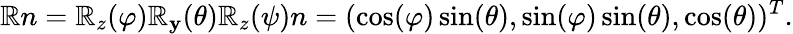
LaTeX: \mathbb{R}n=\mathbb{R}_{z}(\varphi)\mathbb{R}_{\mathbf{y}}(\theta)\mathbb{R}_{z}(\psi)n=(\cos(\varphi)\sin(\theta),\sin(\varphi)\sin(\theta),\cos(\theta))^{T}.